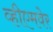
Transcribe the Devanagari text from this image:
व्हीएमवेर